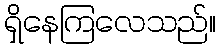
ရှိနေကြလေသည်။